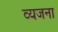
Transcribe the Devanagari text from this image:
व्यजना